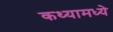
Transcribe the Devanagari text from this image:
कथ्यामध्ये